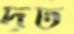
দৃঢ়